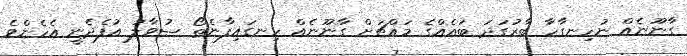
ގާނޫނެއް ނުހިނގާހާ ބާރުގަދަ ބައެއްގެ މައްޗަށް ގާނޫނެއް ހިނގައިފާނެތޯ ސުވާލު އުފެދެނީ އެހެންވެ